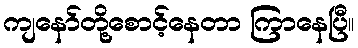
ကျနော်တို့စောင့်နေတာ ကြာနေပြီ။